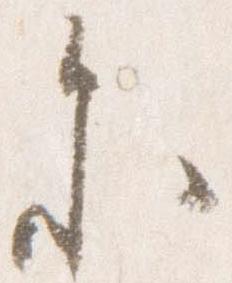
参